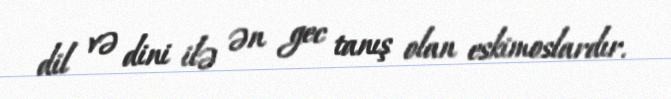
dil və dini ilə ən gec tanış olan eskimoslardır.